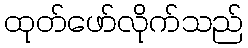
ထုတ်ဖော်လိုက်သည်